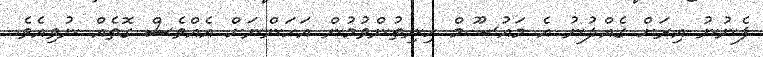
ފެނުނު އިރަށް ގެއްލުނު އެ މައުސޫމް ހިނިތުންވުމުން އަހަންނަށް އެއްވެސް ގޮތެއް ނުވިއެވެ.